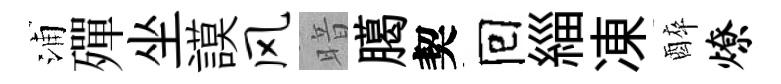
浦殫坐謨风暗臈契囘緇凍醉燎